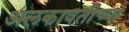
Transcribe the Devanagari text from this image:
अलकावतीच्या